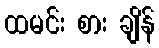
ထမင်း စား ချိန်